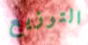
التوزيع